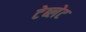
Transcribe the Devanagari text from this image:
टेब्लेट